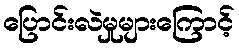
ပြောင်းလဲမှုများကြောင့်